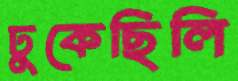
ঢুকেছিলি